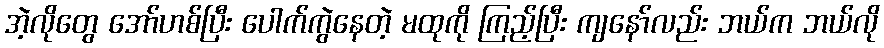
အဲ့လိုတွေ အော်ဟစ်ပြီး ပေါက်ကွဲနေတဲ့ မထုကို ကြည့်ပြီး ကျနော်လည်း ဘယ်က ဘယ်လို